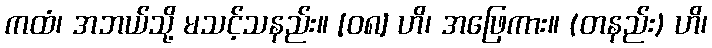
ကထံ၊ အဘယ်သို့ မသင့်သနည်း။ [၀၈] ဟိ၊ အဖြေကား။ (တနည်း) ဟိ၊